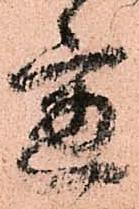
慮